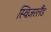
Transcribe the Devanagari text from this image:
स्विज़रलैंड